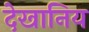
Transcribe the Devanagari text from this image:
देखानिय